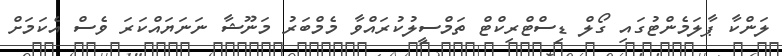
ލަންކާ ޕާލަމެންޓުގައި ގޯލް ޑިސްޓްރިކްޓް ތަމްސީލުކުރައްްވާ މެމްބަރު މަނޫޝާ ނަނަޔައްކަރަ ވެސް އެކަމަށް